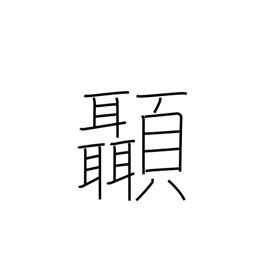
Meaning: temple (of head)